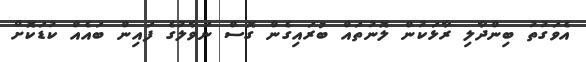
އެވަގުތު ބިންދާލި ރާޅަކުން ލޮނުތައް ބުރައިގެން ގޮސް ނަވާލުގެ ފައިން ބައެއް ކުޑަކޮށް